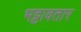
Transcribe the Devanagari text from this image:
भट्टावतार